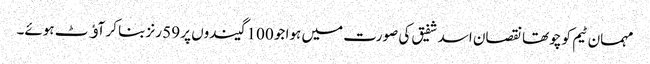
مہمان ٹیم کو چوتھا نقصان اسد شفیق کی صورت میں ہوا جو 100 گیندوں پر 59 رنز بنا کر آﺅٹ ہوئے۔